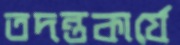
তদন্তকার্যে